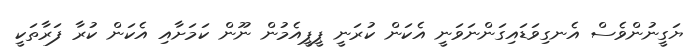
ޔަގީނުންވެސް އެނގިވަޑައިގަންނަވަނީ އެކަން ކުރަނީ ޕީޕީއެމުން ނޫން ކަމަށާއި އެކަން ކުރާ ފަރާތަކީ